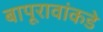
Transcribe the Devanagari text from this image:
बापूरावांकडे